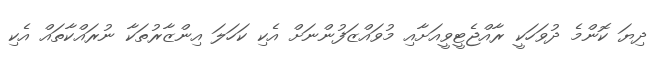
ދިޔަ ކޮންމެ ދުވަހަކީ ރާއްޖެޓީވީއަށާއި މުވައްޒަފުންނަށް އެކި ކަހަލަ އިންޒާރުތަކާ ނުރައްކާތައް އެކި